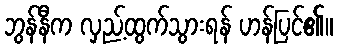
ဘွန်နီက လှည့်ထွက်သွားရန် ဟန်ပြင်၏။